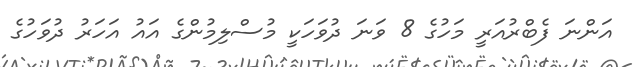
އަންނަ ފެބްރުއަރީ މަހުގެ 8 ވަނަ ދުވަހަކީ މުސްލިމުންގެ އައު އަހަރު ދުވަހުގެ